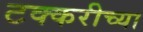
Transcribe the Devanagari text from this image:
टक्करीच्या